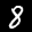
Label: 8